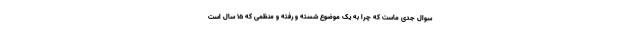
سوال جدی ماست که چرا به یک موضوع شسته‌ و رفته و منظمی که ۱۵ سال است